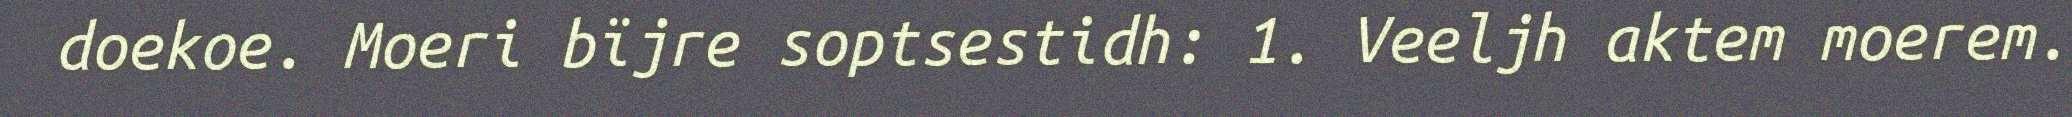
doekoe. Moeri bïjre soptsestidh: 1. Veeljh aktem moerem.